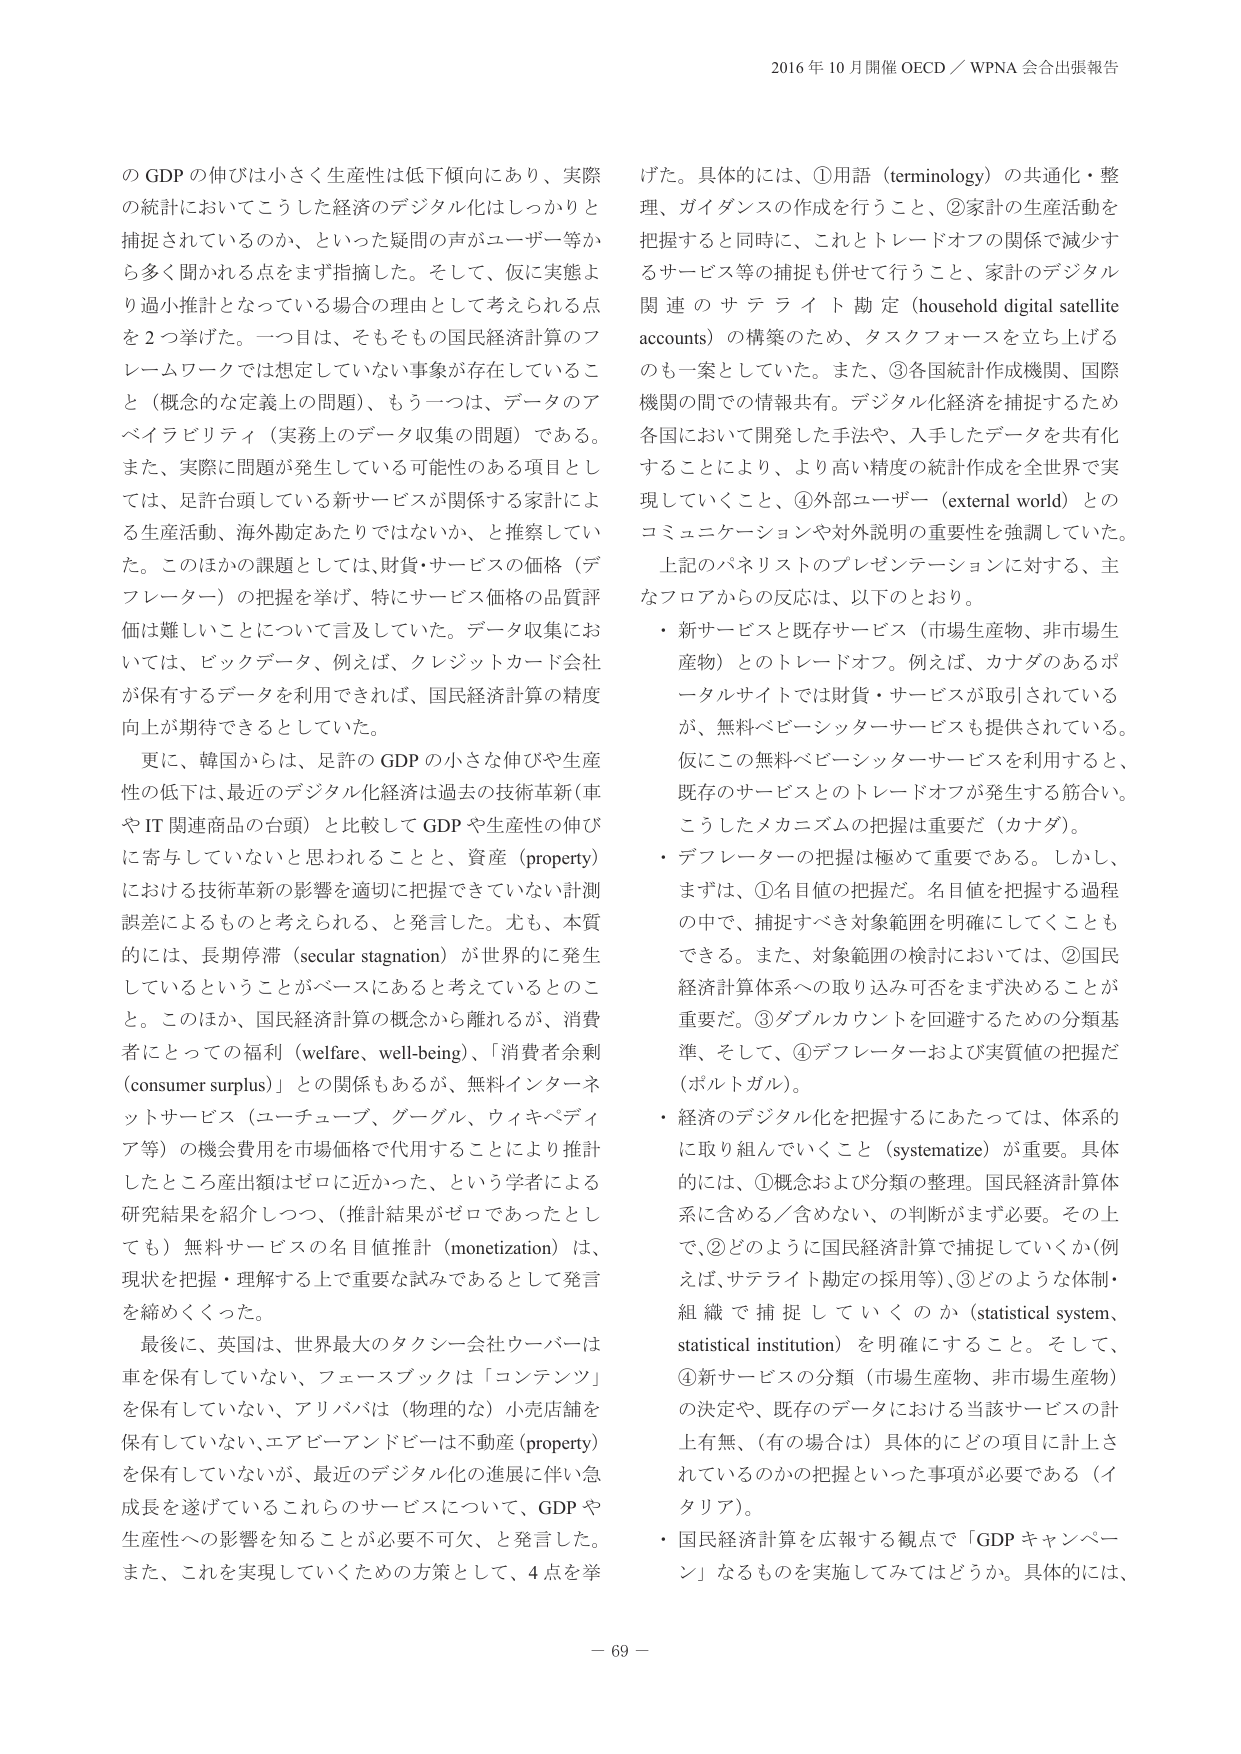
2016 年 10 月開催 OECD／WPNA 会合出張報告

の GDP の伸びは小さく生産性は低下傾向にあり、実際の統計においてこうした経済のデジタル化はしっかりと捕捉されているのか、といった疑問の声がユーザー等から多く聞かれる点をまず指摘した。そして、仮に実態より過小推計となっている場合の理由として考えられる点を 2 つ挙げた。一つ目は、そもそも国民経済計算のフレームワークでは想定していない事象が存在していること（概念的な定義上の問題）、もう一つは、データのアベイラビリティ（実務上のデータ収集の問題）である。また、実際に問題が発生している可能性のある項目としては、足許台頭している新サービスが関係する家計による生産活動、海外勘定あたりではないか、と推察していた。このほかの課題としては、財貨・サービスの価格（デフレーター）の把握を挙げ、特にサービス価格の品質評価は難しいことについて言及していた。データ収集においては、ビッグデータ、例えば、クレジットカード会社が保有するデータを利用できれば、国民経済計算の精度向上が期待できるとしていた。

更に、韓国からは、足許の GDP の小さな伸びや生産性の低下は、最近のデジタル化経済は過去の技術革新（車や IT 関連商品の台頭）と比較して GDP や生産性の伸びに寄与していないと思われることと、資産（property）における技術革新の影響を適切に把握できていない計測誤差によるものと考えられる、と発言した。尤も、本質的には、長期停滞（secular stagnation）が世界的に発生しているということがベースにあると考えているとのこと。このほか、国民経済計算の概念から離れれるが、消費者にとっての福利（welfare, well-being）、「消費者余剰（consumer surplus）」との関係もあるが、無料インターネットサービス（ユーチューブ、グーグル、ウィキペディア等）の機会費用を市場価格で代用することにより推計したところ産出額はゼロに近かった、という学者による研究結果を紹介しつつ、（推計結果がゼロであったとしても）無料サービスの名目値推計（monetization）は、現状を把握・理解する上で重要な試みであるとして発言を締めくくった。

最後に、英国は、世界最大のタクシー会社ウーバーは車を保有していない、フェースブックは「コンテンツ」を保有していない、アリババは（物理的な）小売店舗を保有していない、エアビーアンドビーは不動産（property）を保有していないが、最近のデジタル化の進展に伴い急成長を遂げているこれらのサービスについて、GDP や生産性への影響を知ることが必要不可欠、と発言した。また、これを実現していくための方策として、4 点を挙げた。具体的には、①用語（terminology）の共通化・整理、ガイダンスの作成を行うこと、②家計の生産活動を把握すると同時に、これとトレードオフの関係で減少するサービス等の捕捉も併せて行うこと、家計のデジタル関連のサテライト勘定（household digital satellite accounts）の構築のため、タスクフォースを立ち上げるのも一案としていた。また、③各国統計作成機関、国際機関の間での情報共有。デジタル化経済を捕捉するため各国において開発した手法や、入手したデータを共有化することにより、より高い精度の統計作成を全世界で実現していくこと、④外部ユーザー（external world）とのコミュニケーションや対外説明の重要性を強調していた。

上記のパネリストのプレゼンテーションに対する、主なフロアからの反応は、以下のとおり。

・新サービスと既存サービス（市場生産物、非市場生産物）とのトレードオフ。例えば、カナダのあるポータルサイトでは財貨・サービスが取引されているが、無料ペーパーシャーサービスも提供されている。仮にこの無料ペーパーシャーサービスを利用すると、既存のサービスとのトレードオフが発生する筋合い。こうしたメカニズムの把握は重要だ（カナダ）。

・デフレーターの把握は極めて重要である。しかし、まずは、①名目値の把握だ。名目値を把握する過程の中で、捕捉すべき対象範囲を明確にしていくこともできる。また、対象範囲の検討においては、②国民経済計算体系への取り込み可否をまず決めることが重要だ。③ダブルカウントを回避するための分類基準、そして、④デフレーターおよび実質値の把握だ（ポルトガル）。

・経済のデジタル化を把握するにあたっては、体系的に取り組んでいくこと（systematize）が重要。具体的には、①概念および分類の整理。国民経済計算体系に含める／含めない、の判断がまず必要。その上で、②どのように国民経済計算で捕捉していくか（例えば、サテライト勘定の採用等）、③どのような体制・組織で捕捉していくのか（statistical system, statistical institution）を明確にすること。そして、④新サービスの分類（市場生産物、非市場生産物）の決定や、既存のデータにおける当該サービスの計上有無、（有の場合）具体的にどの項目に計上されているのかの把握といった事項が必要である（イタリア）。

・国民経済計算を広報する観点で「GDP キャンペーン」なるものを実施してみてはどうか。具体的には、

－ 69 －